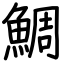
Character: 鯛